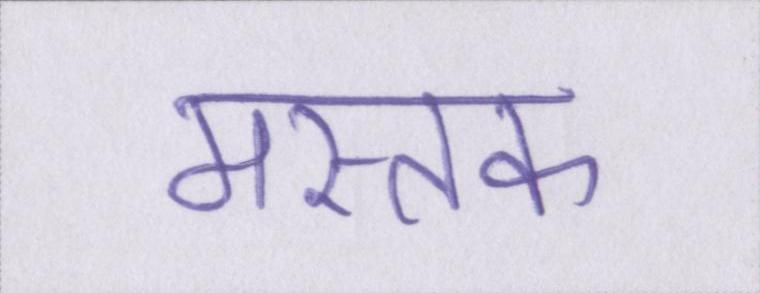
मस्तक